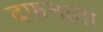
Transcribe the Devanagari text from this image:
दफ़नाता